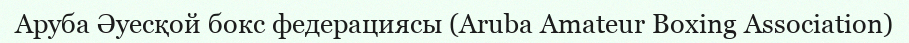
Аруба Әуесқой бокс федерациясы (Aruba Amateur Boxing Association)